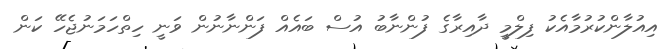
އިއުލާންކުރުމާއެކު ފިލްމީ ދާއިރާގެ ފުންނާބު އުސް ބައެއް ފަންނާނުން ވަނީ ހިތްހަމަނުޖެހޭ ކަން